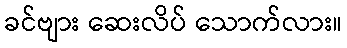
ခင်ဗျား ဆေးလိပ် သောက်လား။